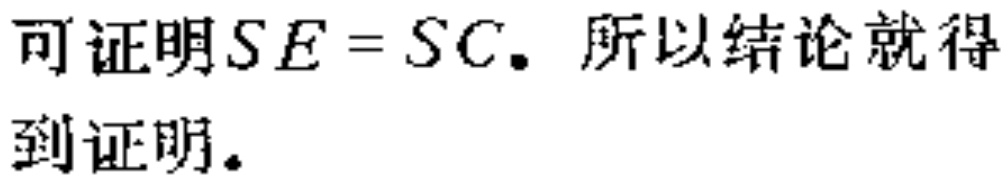
可证明\(SE = SC\)。所以结论就得到证明。